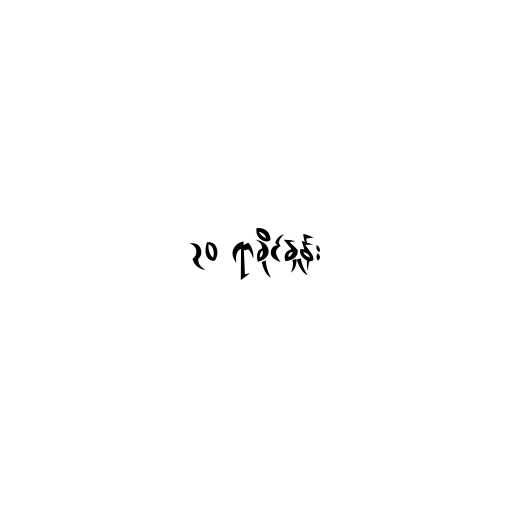
၃၀ ရာခိုင်နှုန်း